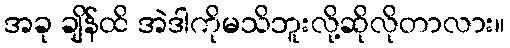
အခု ချိန်ထိ အဲဒါကိုမသိဘူးလို့ဆိုလိုတာလား။